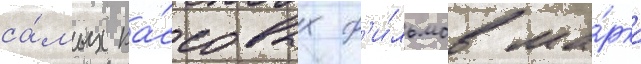
са́мых ка́ссовых ф'и́льмов ма́рка